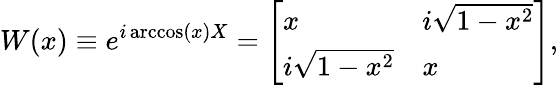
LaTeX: W(x)\equiv e^{i\operatorname{arccos}(x)X}=\left[\begin{array}{ll}{x}&{i\sqrt{1-x^{2}}}\\ {i\sqrt{1-x^{2}}}&{x}\end{array}\right],